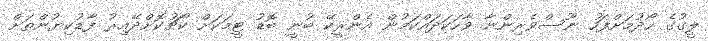
ލީގުގެ ހޯދުމަށްފަހު ނޫސްވެރިންނާ ވާހަކަދައްކަމުން އެންރީކޭ ބުނީ ބޮޑު ޓީމަކަށް ކޯޗުކޮށްދޭއިރު ފާޑުކިޔުންތަށް